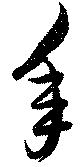
年